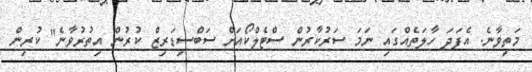
މަތިވާނެ. އެފަދަ ހާލަތެއްގައި ނަމަ ސަރުކާރުން ސްޓެލްކޯއަށް ސަބްސިޑަރިޒް ކުރުން އިތުރުވާނެ" ކުރިން